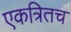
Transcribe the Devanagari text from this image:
एकत्रितच